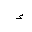
Letter: _hamza